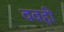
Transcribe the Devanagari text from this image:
ववही